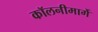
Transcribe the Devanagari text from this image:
कॉलनीमार्गे